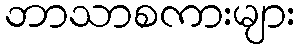
ဘာသာစကားများ